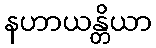
နဟာယန္တိယာ